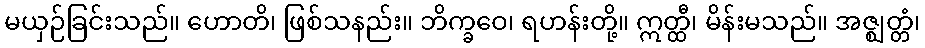
မယှဉ်ခြင်းသည်။ ဟောတိ၊ ဖြစ်သနည်း။ ဘိက္ခဝေ၊ ရဟန်းတို့။ ဣတ္ထီ၊ မိန်းမသည်။ အဇ္ဈတ္တံ၊